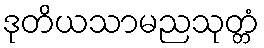
ဒုတိယသာမညသုတ္တံ